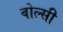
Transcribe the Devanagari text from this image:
वोल्सी